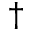
^ { \dag }